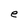
Character: e